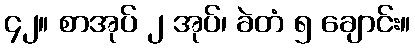
၄၂။ စာအုပ် ၂ အုပ်၊ ခဲတံ ၅ ချောင်း။